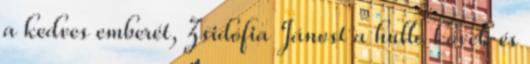
a kedves emberét, Zsidófia Jánost a hulló kövek és